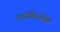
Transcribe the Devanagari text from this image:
पलासिओस